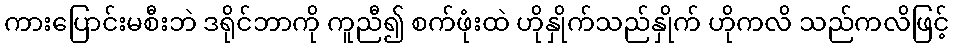
ကားပြောင်းမစီးဘဲ ဒရိုင်ဘာကို ကူညီ၍ စက်ဖုံးထဲ ဟိုနှိုက်သည်နှိုက် ဟိုကလိ သည်ကလိဖြင့်